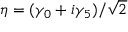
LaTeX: \eta = ( \gamma _ { 0 } + i \gamma _ { 5 } ) / { \sqrt { 2 } }